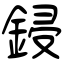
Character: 鋟